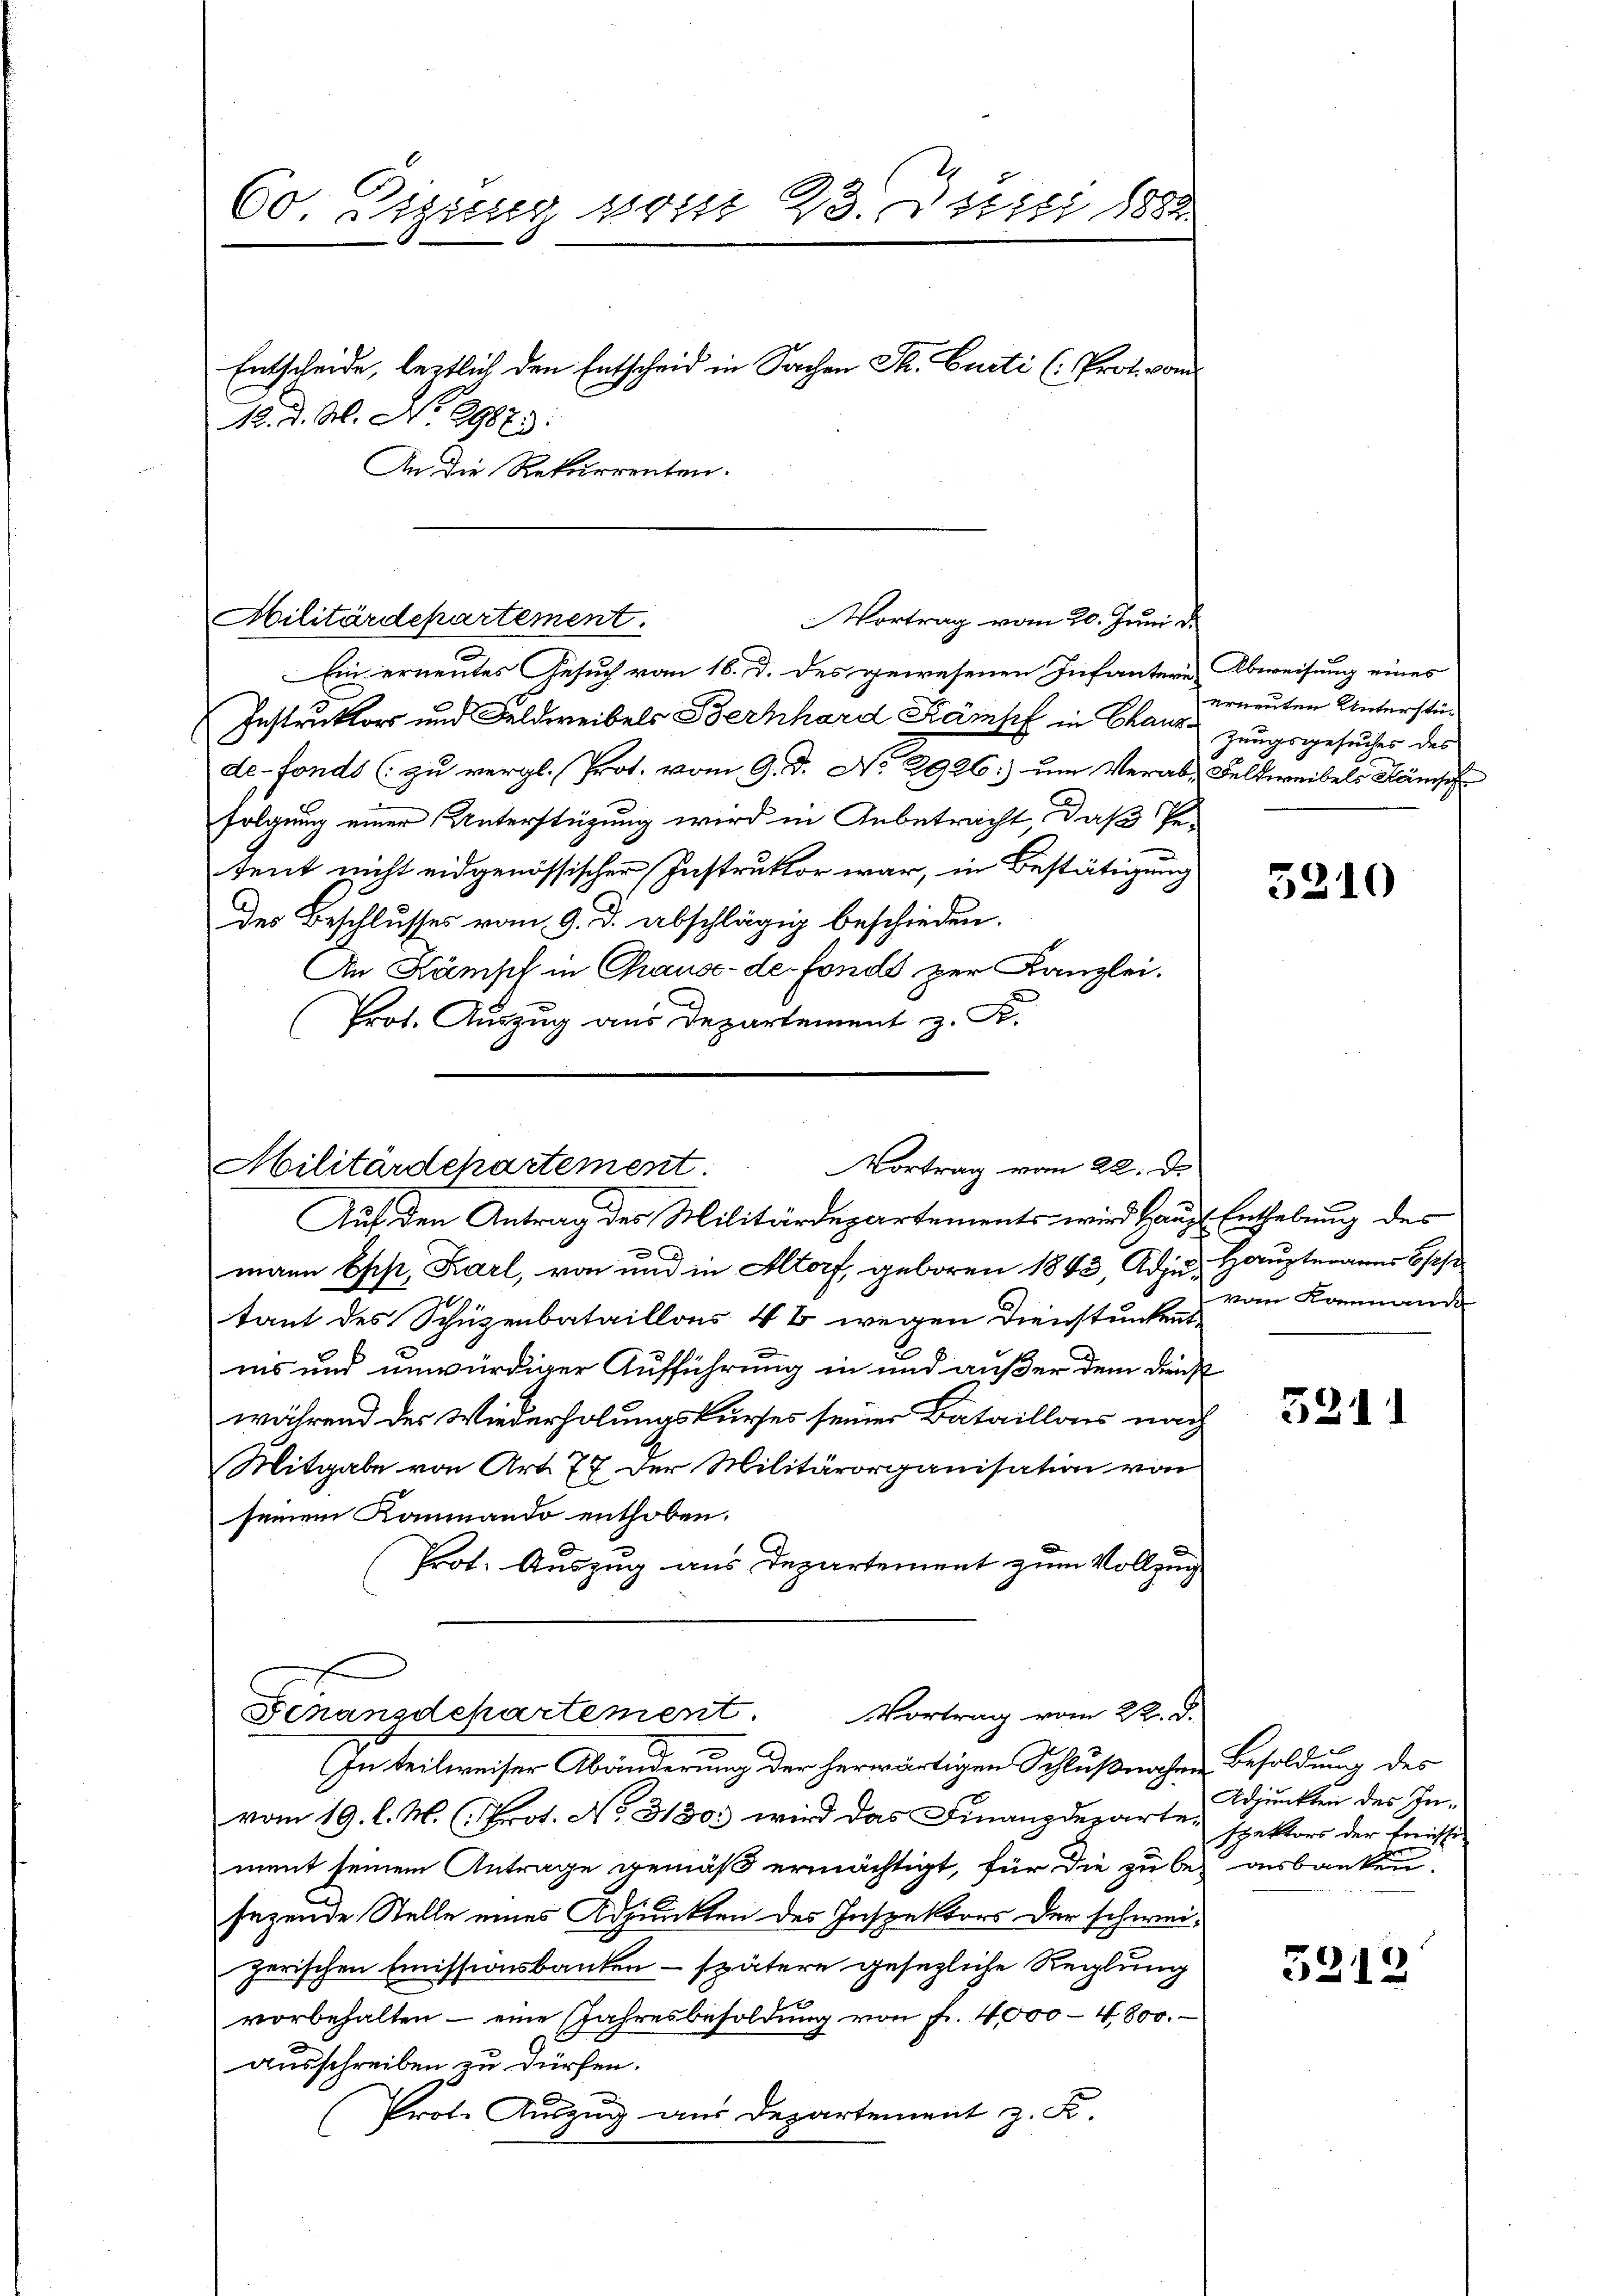
Co Eizung vom 23. Juni 1882
Entscheide, lestlich den Entscheid in Sachen Th. Curti (: Prot. vom
12. d. M. No. 29673.
An die Rekurrenten.

Militärdepartement.

Ein erneutes Gesuch vom 16. d. des gewesenen Infantere Abweisung eines
Instruktors und Feldweibels Bernhard Kämpf in Chaus zungsgesuches des
de fonds (zu vergl. Prot. vom 9. d. No 2926:) um Verab-Feldweibels Kämsch
folgung einer Unterstüzung wird in Anbetracht, daß Pe-
tent nicht eidgenössischer Instruktor war, in Bestätigung
der Beschlusses vom 9. d. abschlägig beschieden.
An Kämpch in Chause-de-Fonds zur Kanzlei.
Prot. Auszug aus Departement z. K.

Vortrag vom 20. Juni d.

Vortrag vom 22. d.
Militärdepartement
Auf den Antrag des Militärdepartements wird Haus Enthebung des

mann Epp, Karl, von und in Altorf, geboren 1843, Adju Hauptmanns Bes
tant des Schüzenbataillons 4 % wegen Dienstunkent
ins und unwürdiger Aufführung in und außer dem Dienst
während der Wiederholungskurses seiner Bataillons nach
Mitgabe von Art. 77 der Militärorganisation von
seinem Kanmando enthoben.
Prot. Auszug aus Departement zum Vollzug

Vortrag vom 22. d.
Genansdchartement
(In teilweiser Abänderung der herwärtigen Schlußnahme Besoldung des

vom 19. l. M. (Prot. No. 3130. wird das Finanzdepartement seinem Antrage gemäß ermächtigt, für die zu bei ausbanken.
sezende Stelle eines Adjunkten des Inspektors der schwei-
zerischen Emissionsbanken - spätere gesezliche Reglung
vorbehalten - eine Jahresbesoldŭng von Fr. 4,000 - 4800.
ausschreiben zu dürfen.
Prot. Auszug aus Departement z. K.

erneuten Unterstü¬

5210

vom Kommand

5211

Adjunkten des Inspektors der Emissi

5212